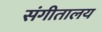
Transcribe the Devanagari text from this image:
संगीतालय